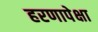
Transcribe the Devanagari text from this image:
हरणापेक्षा